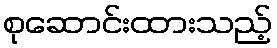
စုဆောင်းထားသည့်